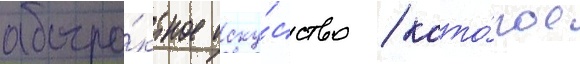
абстра́ктное иску́сство / кото́рое